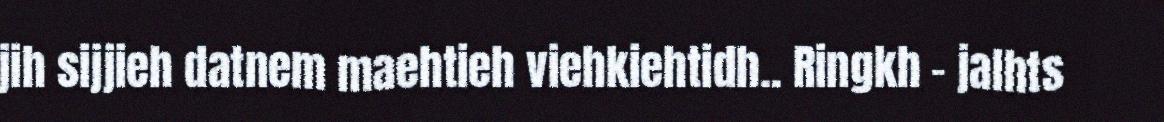
jih sijjieh datnem maehtieh viehkiehtidh.. Ringkh – jalhts